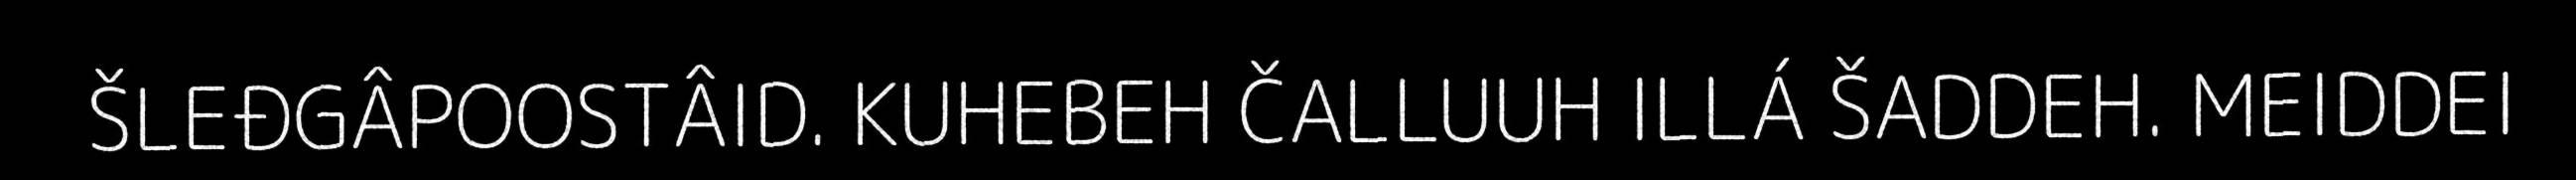
ŠLEĐGÂPOOSTÂID. KUHEBEH ČALLUUH ILLÁ ŠADDEH. MEIDDEI